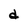
Character: d